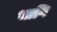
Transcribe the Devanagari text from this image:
भागि